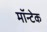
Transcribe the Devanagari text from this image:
मॉन्टेक